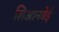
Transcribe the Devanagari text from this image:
शिआनबेई